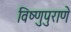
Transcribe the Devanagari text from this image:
विष्णुपुराणे